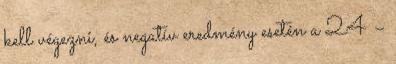
kell végezni, és negatív eredmény esetén a 24 –